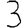
Digit: 3